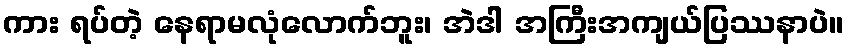
ကား ရပ်တဲ့ နေရာမလုံလောက်ဘူး၊ အဲဒါ အကြီးအကျယ်ပြဿနာပဲ။